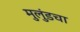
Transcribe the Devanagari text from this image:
मुलुंडचा